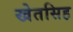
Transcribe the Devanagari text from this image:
खेतसिह